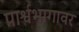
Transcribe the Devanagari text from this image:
पार्श्वभागावर